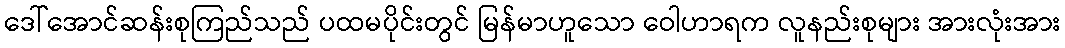
ဒေါ်အောင်ဆန်းစုကြည်သည် ပထမပိုင်းတွင် မြန်မာဟူသော ဝေါဟာရက လူနည်းစုများ အားလုံးအား